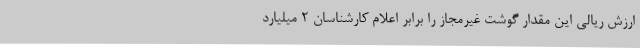
ارزش ریالی این مقدار گوشت غیرمجاز را برابر اعلام کارشناسان 2 میلیارد